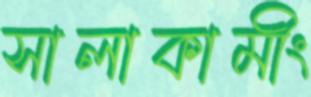
সালাকামীং